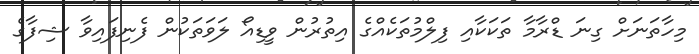
މިހާތަނަށް ގިނަ ޑްރާމާ ތަކަކާއި ފިލްމުތަކެއްގެ އިތުރުން ވީޑިއޯ ލަވަތަަކުން ފެނިފައިވާ ޝިފާގެ